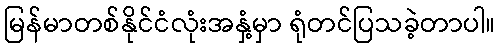
မြန်မာတစ်နိုင်ငံလုံးအနှံ့မှာ ရုံတင်ပြသခဲ့တာပါ။